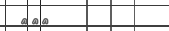
٢٨٣